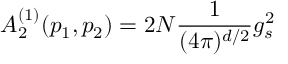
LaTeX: A _ { 2 } ^ { ( 1 ) } ( p _ { 1 } , p _ { 2 } ) = 2 N \frac { 1 } { ( 4 \pi ) ^ { d / 2 } } g _ { s } ^ { 2 }